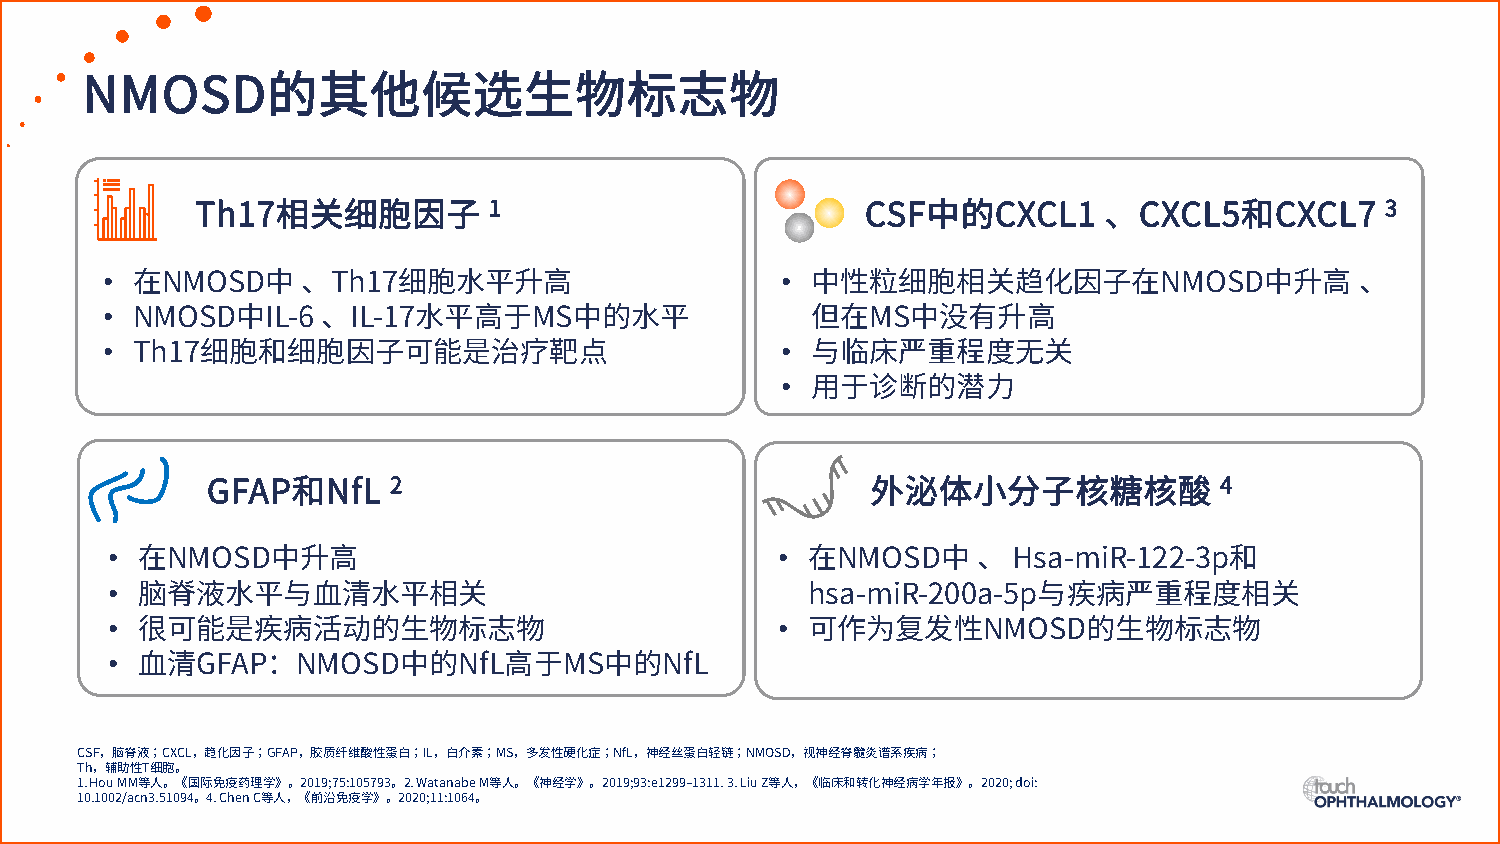
NMOSD的其他候选生物标志物
 1                                                           3
 Th17相关细胞因子                                  CSF中的CXCL1      、CXCL5和CXCL7
 •                                            •
 在NMOSD中    、Th17细胞水平升高                       中性粒细胞相关趋化因子在NMOSD中升高                、
 •
 NMOSD中IL-6  、IL-17水平高于MS中的水平                 但在MS中没有升高
 •                                            •
 Th17细胞和细胞因子可能是治疗靶点                           与临床严重程度无关
 •
 用于诊断的潜力
 2                                                      4
 GFAP和NfL                                    外泌体小分子核糖核酸
 •                                            •
 在NMOSD中升高                                   在NMOSD中     、 Hsa-miR-122-3p和
 •
 脑脊液水平与血清水平相关                                hsa-miR-200a-5p与疾病严重程度相关
 •                                            •
 很可能是疾病活动的生物标志物                              可作为复发性NMOSD的生物标志物
 •
 血清GFAP：NMOSD中的NfL高于MS中的NfL
 CSF，脑脊液；CXCL，趋化因子；GFAP，胶质纤维酸性蛋白；IL，白介素；MS，多发性硬化症；NfL，神经丝蛋白轻链；NMOSD，视神经脊髓炎谱系疾病；
 Th，辅助性T细胞。
 1. Hou MM等人。《国际免疫药理学》。2019;75:105793。2. Watanabe M等人。《神经学》。2019;93:e1299–1311. 3. Liu Z等人，《临床和转化神经病学年报》。2020; doi:
 10.1002/acn3.51094。4. Chen C等人，《前沿免疫学》。2020;11:1064。